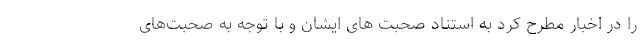
را در اخبار مطرح کرد به استناد صحبت های ایشان و با توجه به صحبت‌های